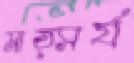
মাত্সর্য